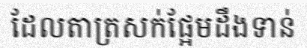
ដែលតាត្រសក់ផ្អែមដឹងទាន់